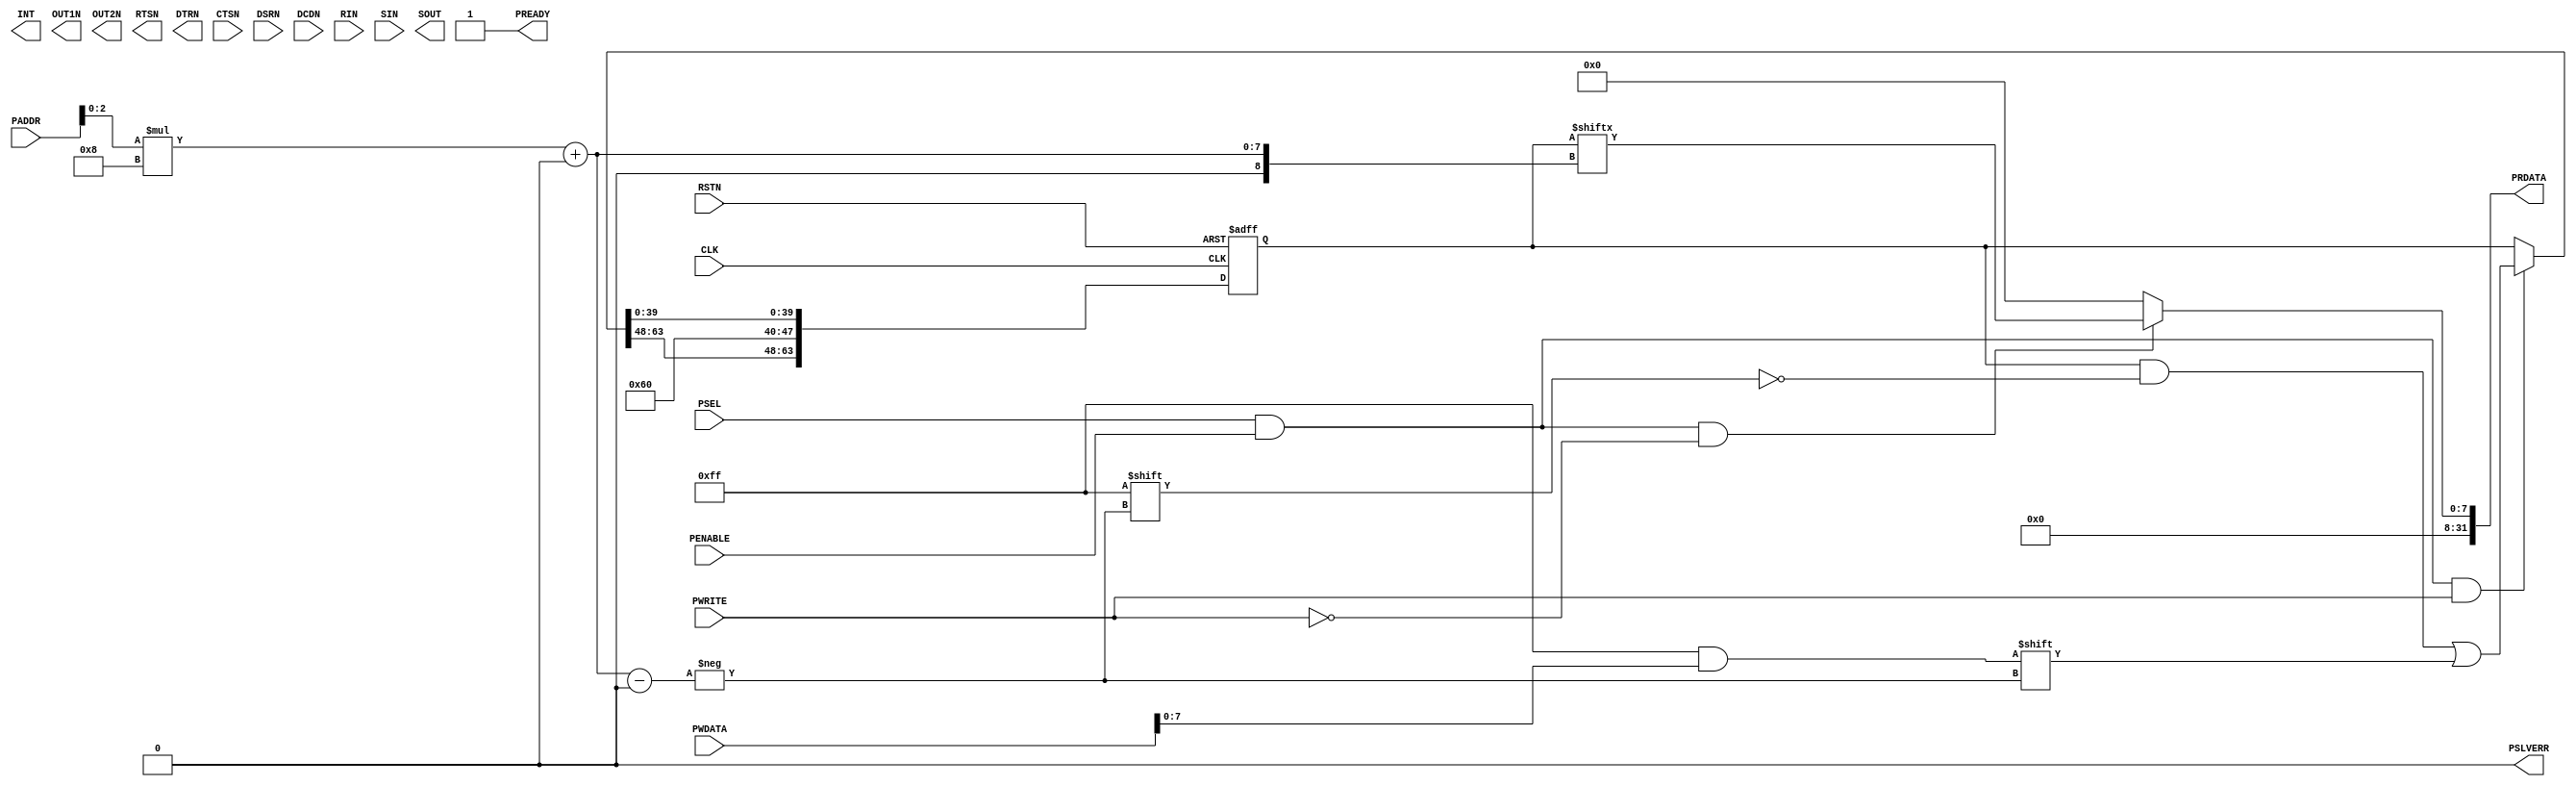
module apb_mock_uart 
#(
    parameter APB_ADDR_WIDTH = 12  //APB slaves are 4KB by default
)
(
	CLK,
	RSTN,
	PADDR,
	PWDATA,
	PWRITE,
	PSEL,
	PENABLE,
	PRDATA,
	PREADY,
	PSLVERR,
	INT,
	OUT1N,
	OUT2N,
	RTSN,
	DTRN,
	CTSN,
	DSRN,
	DCDN,
	RIN,
	SIN,
	SOUT
);
	//parameter APB_ADDR_WIDTH = 12;
	input wire CLK;
	input wire RSTN;
	input wire [APB_ADDR_WIDTH - 1:0] PADDR;
	input wire [31:0] PWDATA;
	input wire PWRITE;
	input wire PSEL;
	input wire PENABLE;
	output reg [31:0] PRDATA;
	output wire PREADY;
	output wire PSLVERR;
	output wire INT;
	output wire OUT1N;
	output wire OUT2N;
	output wire RTSN;
	output wire DTRN;
	input wire CTSN;
	input wire DSRN;
	input wire DCDN;
	input wire RIN;
	input wire SIN;
	output wire SOUT;
	wire [3:0] register_adr;
	reg [63:0] regs_q;
	reg [63:0] regs_n;
	assign register_adr = PADDR[2:0];
	always @(*) begin
		regs_n = regs_q;
		if ((PSEL && PENABLE) && PWRITE)
			regs_n[$unsigned(register_adr) * 8+:8] = PWDATA[7:0];
		regs_n[40+:8] = 32'h00000060;
	end
	always @(*) begin
		PRDATA = 'b0;
		if ((PSEL && PENABLE) && !PWRITE)
			PRDATA = {24'b000000000000000000000000, regs_q[$unsigned(register_adr) * 8+:8]};
	end
	always @(posedge CLK or negedge RSTN)
		if (~RSTN)
			regs_q <= {8 {8'b00000000}};
		else begin
			regs_q <= regs_n;
			if ((PSEL && PENABLE) && PWRITE)
				if ($unsigned(register_adr) == 0)
					$write("%C", PWDATA[7:0]);
		end
	assign PREADY = 1'b1;
	assign PSLVERR = 1'b0;
endmodule